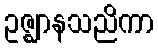
ဥဇ္ဈာနသညိကာ